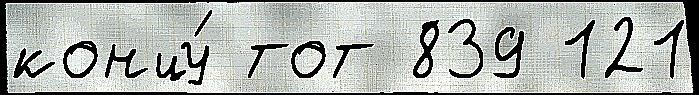
концу́ тот 839 121